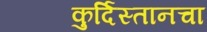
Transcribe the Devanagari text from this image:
कुर्दिस्तानचा